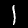
Digit: 1